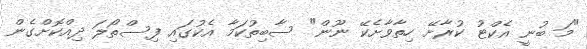
"މަ ބުނީ އެކްޓު ކުރާށޭ ހިތާވާށެކޭ ނޫން" ސާބިތުކަމާ އެކުގައި ފިސްތޯލަ ދިއްކޮށްގެން